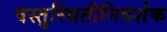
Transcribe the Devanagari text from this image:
वस्तुस्थितीनिदर्शक